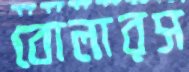
বোলারস